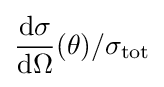
{\frac {\mathrm {d} \sigma }{\mathrm {d} \Omega }}(\theta )/\sigma _{\mathrm {tot} }